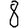
Digit: 8